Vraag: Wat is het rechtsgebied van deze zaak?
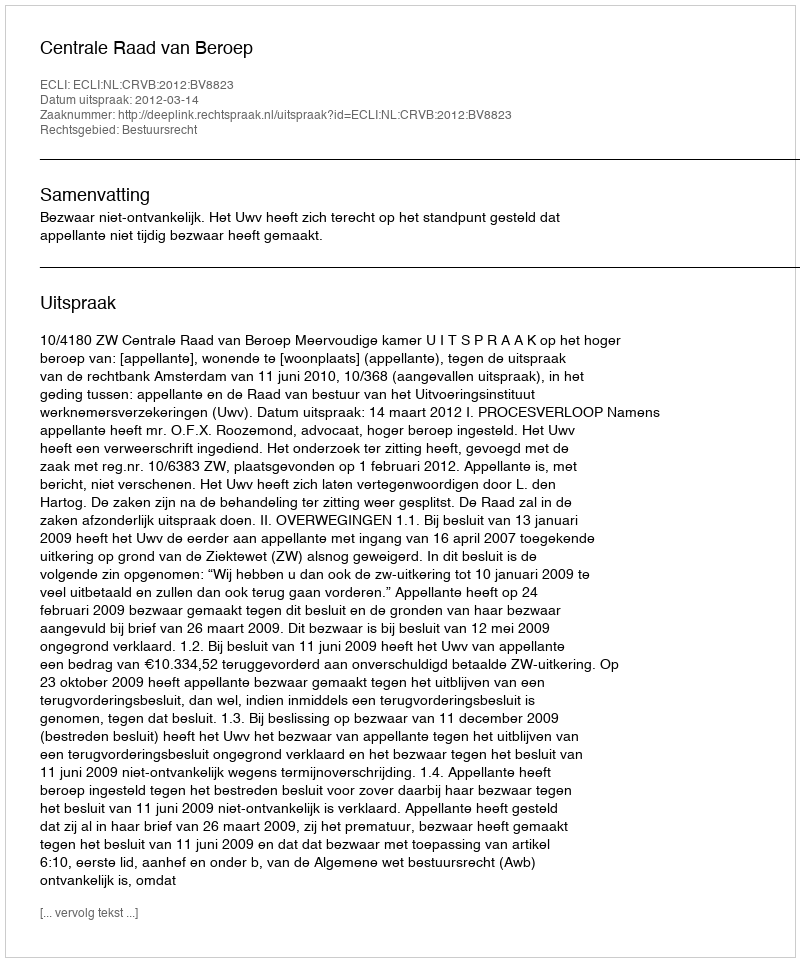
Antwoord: Bestuursrecht